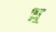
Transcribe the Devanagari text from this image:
ध़॒